system: You are a helpful assistant.
user:
Analyze the provided spectrum to determine if it is a **White Dwarf (WD)**.

A White Dwarf spectrum is defined by its **extreme purity** (due to gravitational settling) and/or **extreme pressure broadening** (due to high surface gravity). You must check for one of the following mutually exclusive signatures:

- **Key Visual Indicators (Check for ONE of these types):**

    - **1. DA-Type Signature (Most Common):**
        - **(Primary Feature):** Extreme pressure broadening (Stark broadening) of the **Hydrogen (H) Balmer lines**.
        - **(Key Lines):** $H\beta$ (approx. $4861$ Å) and $H\gamma$ (approx. $4340$ Å). $H\alpha$ (approx. $6563$ Å) will also be present if the wavelength range covers it.
        - **(Line Profile):** This is the **defining feature**. The lines are **NOT** sharp. They appear as massive, **extremely broad and deep "troughs" or "dips"** in the spectrum, often hundreds of Ångströms wide. The continuum will appear to "scoop" down at these wavelengths.
        - **(Distinction):** Normal A-type or B-type stars have *narrow* and *sharp* Hydrogen lines. A DA White Dwarf's lines are unmistakably "smeared" or "blurry" from pressure.

    - **2. DB-Type Signature:**
        - **(Primary Feature):** Broad absorption lines from **Neutral Helium (He I)**. The spectrum must lack any visible Hydrogen lines.
        - **(Key Lines):** Look for broad absorption near $4471$ Å, $4921$ Å, and $5876$ Å.
        - **(Line Profile):** These lines are also significantly pressure-broadened, appearing much wider than they would in a normal B-type main-sequence star.

    - **3. DC-Type Signature:**
        - **(Primary Feature):** A **featureless continuous spectrum**.
        - **(Line Profile):** The spectrum is a smooth curve with **no significant absorption or emission lines**.
        - **(Key Confirmation):** The continuum is almost always **blue or white**, indicating a hot object. This signature implies the atmosphere is so pure (or so cool) that no spectral lines are visible in the optical range. Its WD identity is confirmed by its extremely low intrinsic brightness (high absolute magnitude).

    - **4. DZ-Type Signature (Metal-Polluted):**
        - **(Primary Feature):** **Isolated, narrow metal absorption lines** on an otherwise featureless (DC-like) continuum.
        - **(Key Lines):** The **Calcium (Ca II) H & K doublet** (approx. **$3934$ Å** and **$3968$ Å**) is the most common and defining feature.
        - **(Line Profile):** These lines are "out of place." They are *not* part of a "forest" of thousands of lines. This signature is evidence of recent *accretion* (pollution) from rocky debris.
        - **(Distinction):** Normal G/K/M stars have a *dense forest* of thousands of metal lines. A DZ has a *clean* continuum with *only a few* strong metal lines.

    - **5. DQ-Type Signature (Carbon-Polluted):**
        - **(Primary Feature):** Absorption bands from **Carbon (C₂ "Swan Bands" or atomic C I)**.
        - **(Key Lines - C₂):** Look for bandheads with a "saw-tooth" shape near $5635$ Å, **$5165$ Å** (strongest), and $4737$ Å.
        - **(Key Confirmation):** The underlying **continuum must be blue or white** (hot).
        - **(Distinction):** This is the critical difference from a **Carbon Star**, which has the *exact same* C₂ bands but on an extremely **red, cool** continuum.

- **(Overall Spectrum):**
    - The continuum (overall shape) is typically **blue-sloping** (brighter in the blue than the red), as most white dwarfs are very hot.
    - The spectrum will look "pure" or "simple," dominated by only *one* of the five signatures listed above.

Think first, call **spectral_visualization_tool** if needed to examine features in detail, then provide your final answer. Your response must adhere to the following strict rules:
1.  **Overall Structure:** Your response must follow the format `<think>...</think> <tool_call>...</tool_call> (if a tool is used) <answer>...</answer>`.
2.  **Tool Usage Constraint:** You may only make **one** tool call per turn.
3.  **Final Answer Format:** In the `<answer>` tag, your conclusion must be inside a `\boxed{}` command (e.g., `\boxed{YES}` or `\boxed{NO}`), followed by your justification.

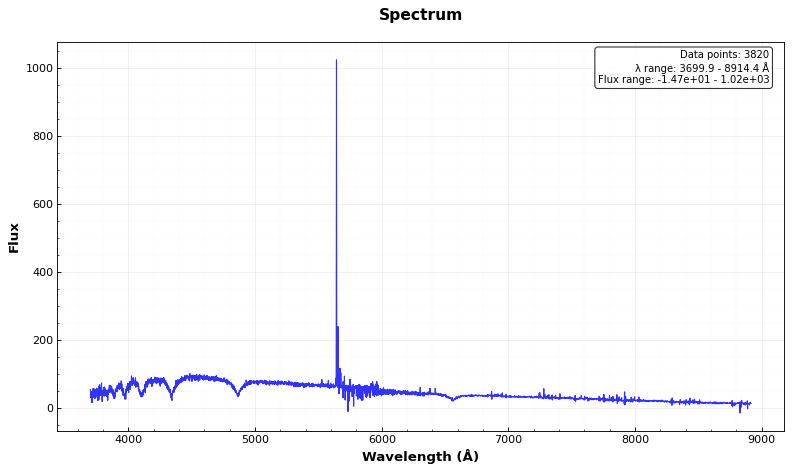
Answer: YES